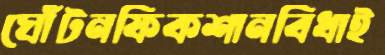
ঘোঁটনফিকশানবিঁধাই